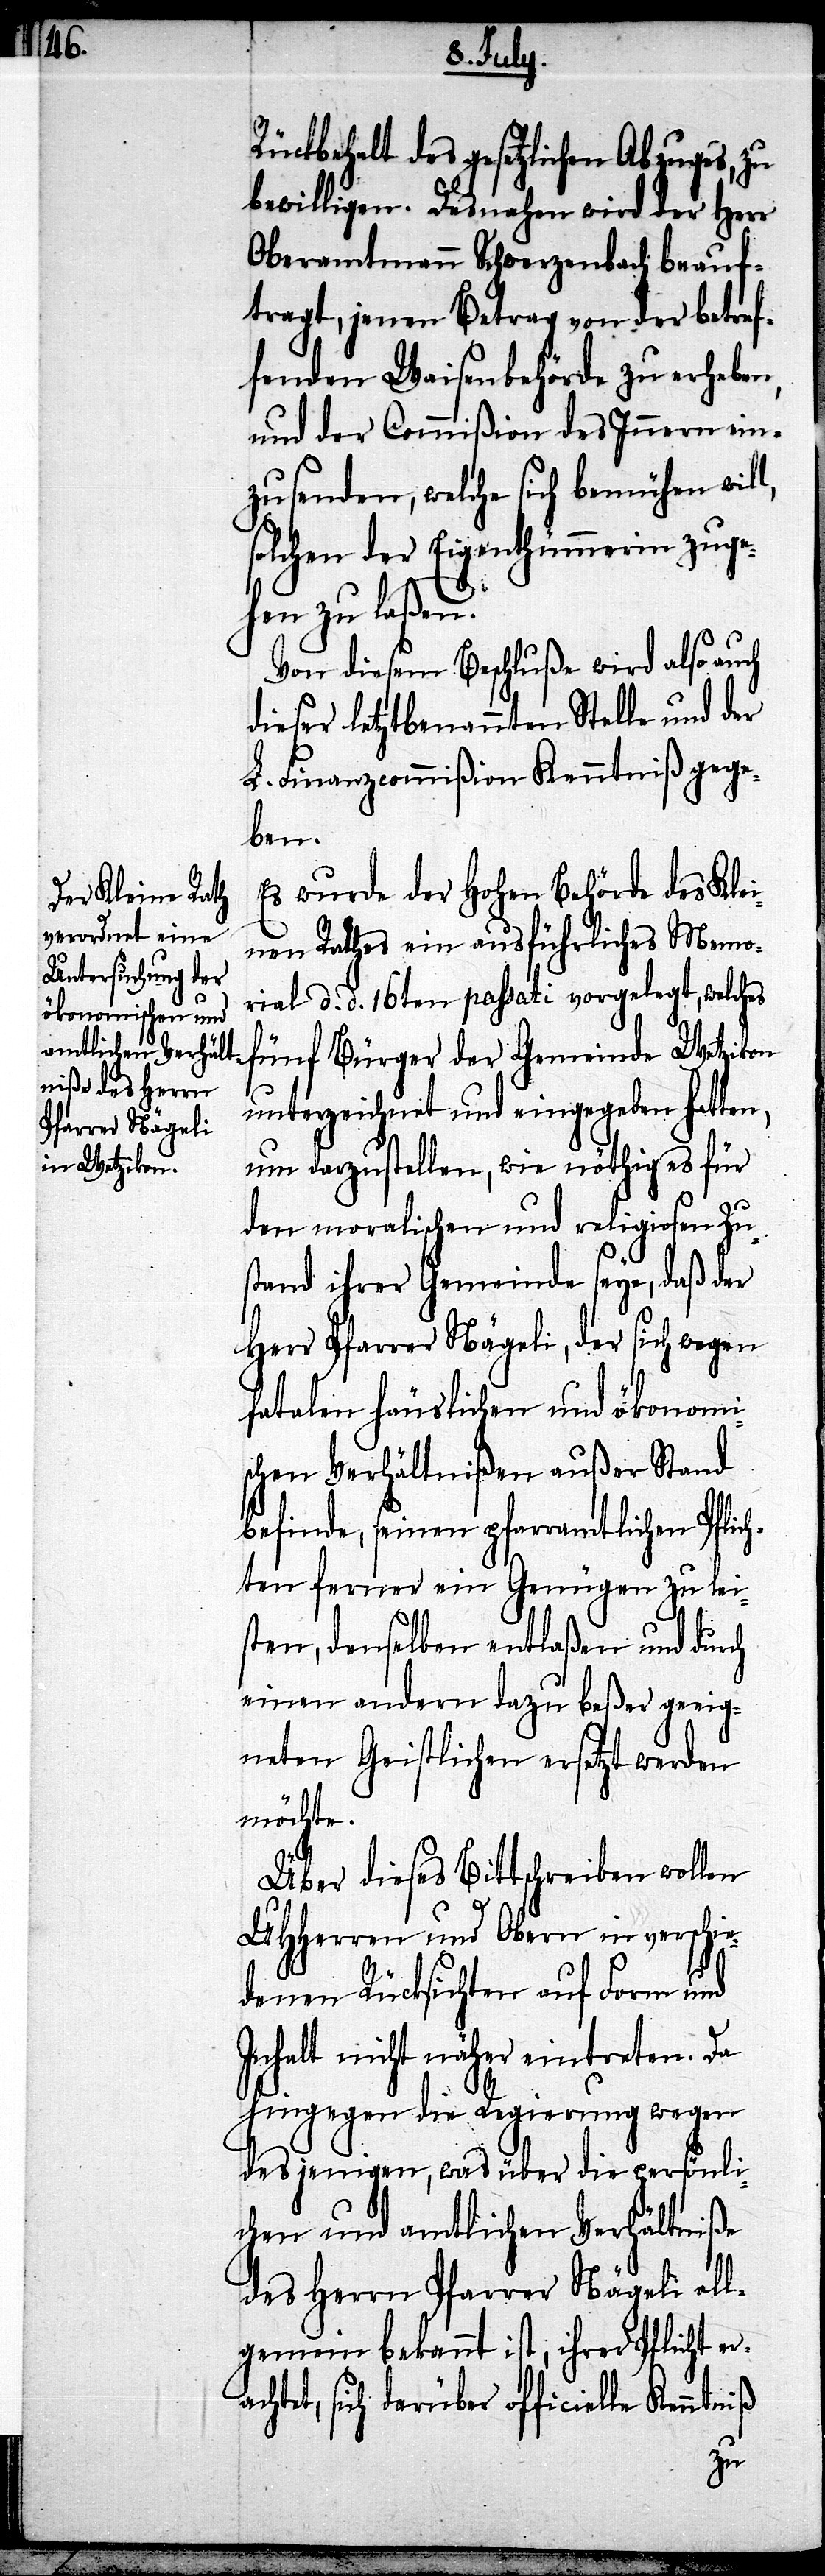
a¬

Rückbehalt des gesetzlichen Abzuges, zu
bewilligen. Desnahen wird der Herr
Oberamtmann Schwerzenbach beauf¬
tragt, jenen Betrag von der betref¬
fenden Waisenbehörde zu erheben,
und der Commißion des Innern ein¬
zusenden, welche sich bemühen will,
solchen der Eigenthümerin zuge¬
hen zu laßen.
Von diesem Beschluße wird also auch
dieser letztbemeldten Stelle und der
L. Finanzcommißion Kenntniß gege¬
ben.
Es wurde der Hohen Behörde des Kle¬
inen Rathes ein ausführliches Memo¬
rial d. d. 16ten passati vorgelegt, welches
fünf Bürger der Gemeinde Wetzikon
unterzeichnet und eingegeben hatten,
um darzustellen, wie nöthig es für
den moralischen und religiosen Zus¬
tand ihrer Gemeinde seye, daß der
Herr Pfarre Nägeli, der sich wegen
fatalen häuslichen und ökonomi¬
schen Verhältnißen außer Stand
befinde, seinen pfarramtlichen Pflich¬
ten ferner ein Genügen zu lei¬
sten, denselben entlaßen und durch
einen andern dazu beßer geeig¬
neten Geistlichen ersetzt werden
möchte.
Über dieses Bittschreiben wollen
UHHerren und Obern in verschie¬
denen Rücksichten auf Form und
Inhalt nicht näher eintreten. Da
hingegen die Regierung wegen
desjenigen, was über die persönli¬
chen und amtlichen Verhältniße
des Herrn Pfarrer Nägeli all¬
gemein bekannt ist, ihrer Pflicht er¬
chtet, sich darüber officielle